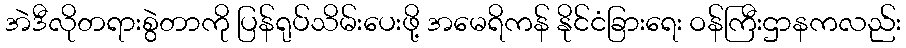
အဲဒီလိုတရားစွဲတာကို ပြန်ရုပ်သိမ်းပေးဖို့ အမေရိကန် နိုင်ငံခြားရေး ဝန်ကြီးဌာနကလည်း